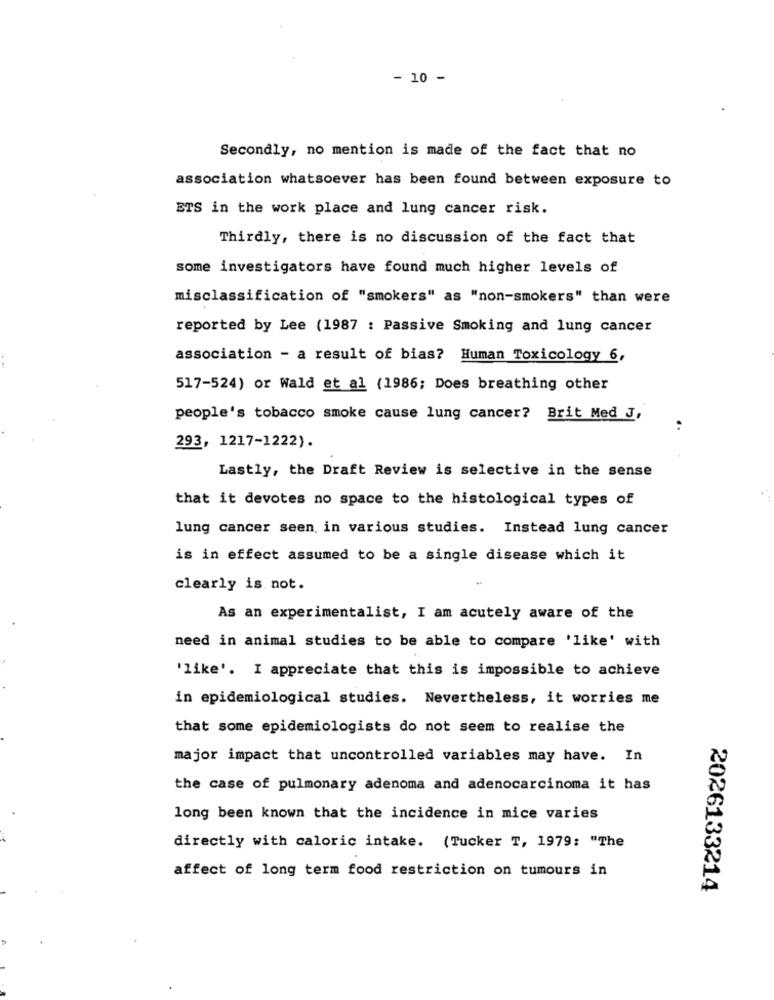
- 10 -
Secondly, no mention is made of the fact that no
association whatsoever has been found between exposure to
ETS in the work place and lung cancer risk.
Thirdly, there is no discussion of the fact that
some investigators have found much higher levels of
misclassification of "smokers" as "non-smokers" than were
reported by Lee (1987 : Passive Smoking and lung cancer
association - a result of bias? Human Toxicology 6,
517-524) or Wald et al (1986; Does breathing other
people's tobacco smoke cause lung cancer? Brit Med J,
..
293, 1217-1222).
Lastly, the Draft Review is selective in the sense
that it devotes no space to the histological types of
lung cancer seen in various studies. Instead lung cancer
is in effect assumed to be a single disease which it
clearly is. not.
As an experimentalist, I am acutely aware of the
need in animal studies to be able to compare 'like' with
'like'. I appreciate that this is impossible to achieve
in epidemiological studies. Nevertheless, it worries me
that some epidemiologists do not seem to realise the
major impact that uncontrolled variables may have. In
the case of pulmonary adenoma and adenocarcinoma it has
long been known that the incidence in mice varies
directly with caloric intake. (Tucker T, 1979: "The
affect of long term food restriction on tumours in
2026133214